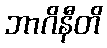
ဘာဂိနီတိ